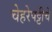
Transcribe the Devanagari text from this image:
चेहरेपट्टीचे